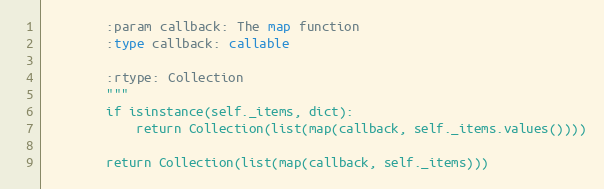
Language: Python
        :param callback: The map function
        :type callback: callable

        :rtype: Collection
        """
        if isinstance(self._items, dict):
            return Collection(list(map(callback, self._items.values())))

        return Collection(list(map(callback, self._items)))